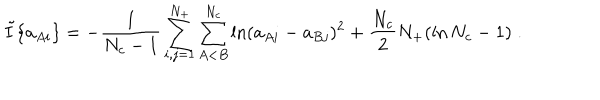
LaTeX: \tilde { I } \{ a _ { A i } \} = - \frac { 1 } { N _ { c } - 1 } \sum _ { i , j = 1 } ^ { N _ { + } } \sum _ { A < B } ^ { N _ { c } } \ln ( a _ { A i } - a _ { B j } ) ^ { 2 } + \frac { N _ { c } } { 2 } N _ { + } ( \ln N _ { c } - 1 ) \; .